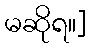
မဆိုရ။]